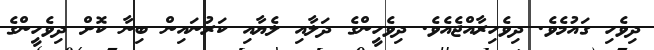
ދިވެހި ގައުމެވެ. ދިވެހިރާއްޖެއެވެ. ދިވެހީންގެ ދަލާއި ލެޔާއި ކަރުނައިން ބިނާ ކޮށް ދިވެހީންގެ